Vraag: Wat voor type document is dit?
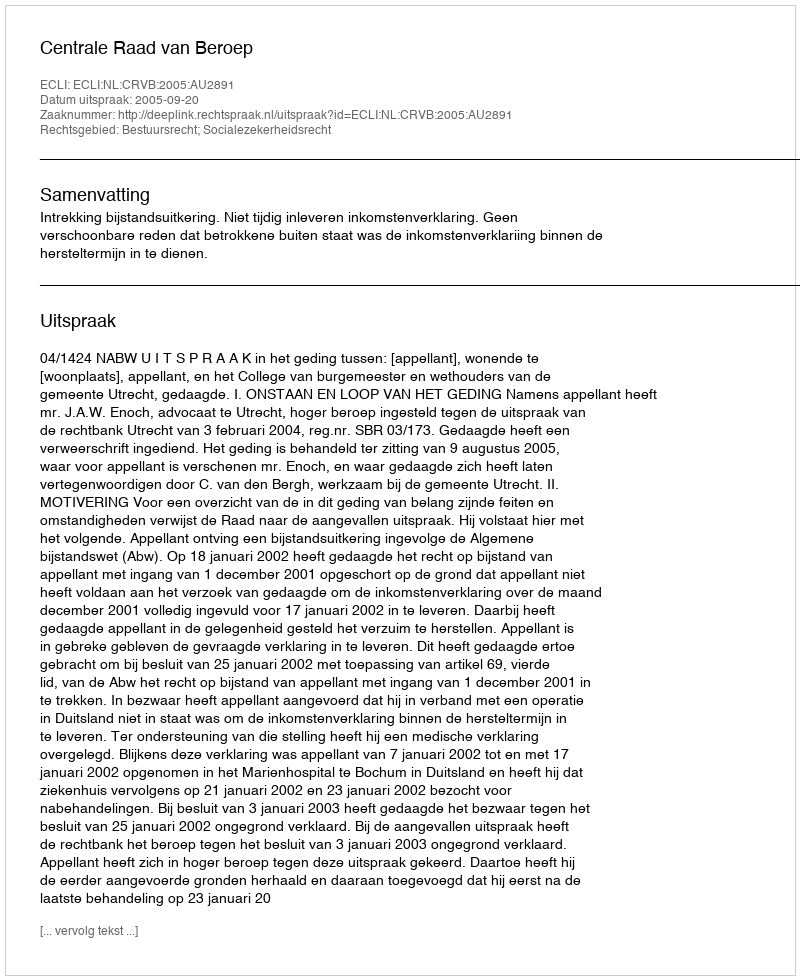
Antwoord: Uitspraak